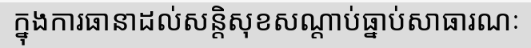
ក្នុងការធានាដល់សន្តិសុខសណ្តាប់ធ្នាប់សាធារណៈ